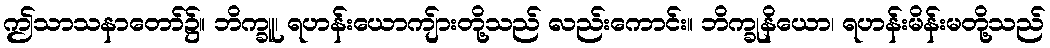
ဤသာသနာတော်၌။ ဘိက္ခူ၊ ရဟန်းယောကျ်ားတို့သည် လည်းကောင်း။ ဘိက္ခုနိယော၊ ရဟန်းမိန်းမတို့သည်